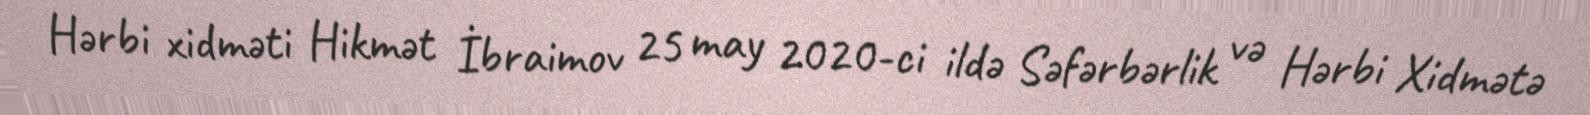
Hərbi xidməti Hikmət İbraimov 25 may 2020-ci ildə Səfərbərlik və Hərbi Xidmətə